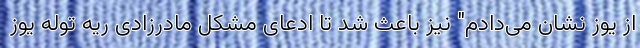
از یوز نشان می‌دادم" نیز باعث شد تا ادعای مشکل مادرزادی ریه توله یوز